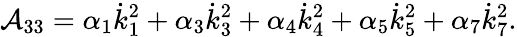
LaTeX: \mathcal{A}_{33}=\alpha_{1}\dot{{k}}_{1}^{2}+\alpha_{3}\dot{{k}}_{3}^{2}+\alpha_{4}\dot{{k}}_{4}^{2}+\alpha_{5}\dot{{k}}_{5}^{2}+\alpha_{7}\dot{{k}}_{7}^{2}.